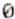
0